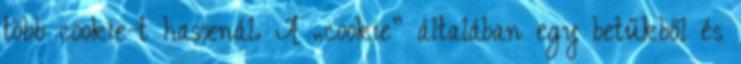
több cookie-t használ. A „cookie” általában egy betűkből és